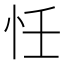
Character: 𢗖